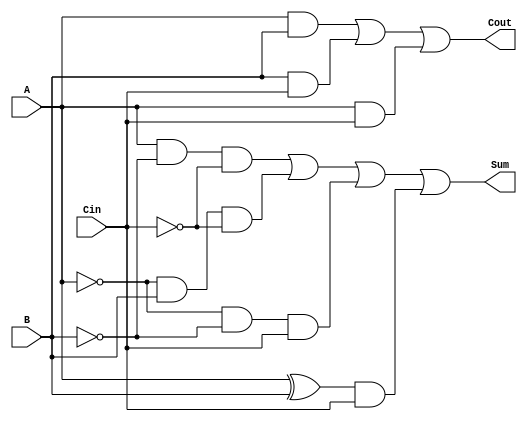
module TG_Full_Adder (
    input wire A,        // First operand
    input wire B,        // Second operand
    input wire Cin,      // Carry-in bit
    output wire Sum,     // Sum output
    output wire Cout     // Carry-out output
);

    // Intermediate wires for calculation
    wire AB_xor;         // A  B
    wire AB_and;         // A  B
    wire AB_Cin_and;     // (A  B)  Cin
    wire B_Cin_and;      // B  Cin
    wire A_Cin_and;      // A  Cin

    // Calculate A  B and A  B
    assign AB_xor = A ^ B;
    assign AB_and = A & B;

    // Calculate intermediate signals for Cout
    assign AB_Cin_and = AB_xor & Cin;
    assign B_Cin_and = B & Cin;
    assign A_Cin_and = A & Cin;

    // Implement Sum using transmission gates
    wire Sum_temp1, Sum_temp2;
    
    assign Sum_temp1 = (A & ~B & ~Cin) | (~A & B & ~Cin) | (~A & ~B & Cin);
    assign Sum_temp2 = AB_xor & Cin;

    // Sum output: Sum = A  B  Cin
    assign Sum = Sum_temp1 | Sum_temp2;

    // Implement Cout using transmission gates
    assign Cout = AB_and | B_Cin_and | A_Cin_and;
    
endmodule